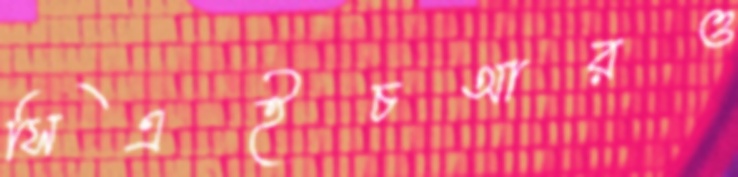
সিএইচআরও